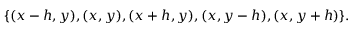
\{ ( x - h , y ) , ( x , y ) , ( x + h , y ) , ( x , y - h ) , ( x , y + h ) \} .